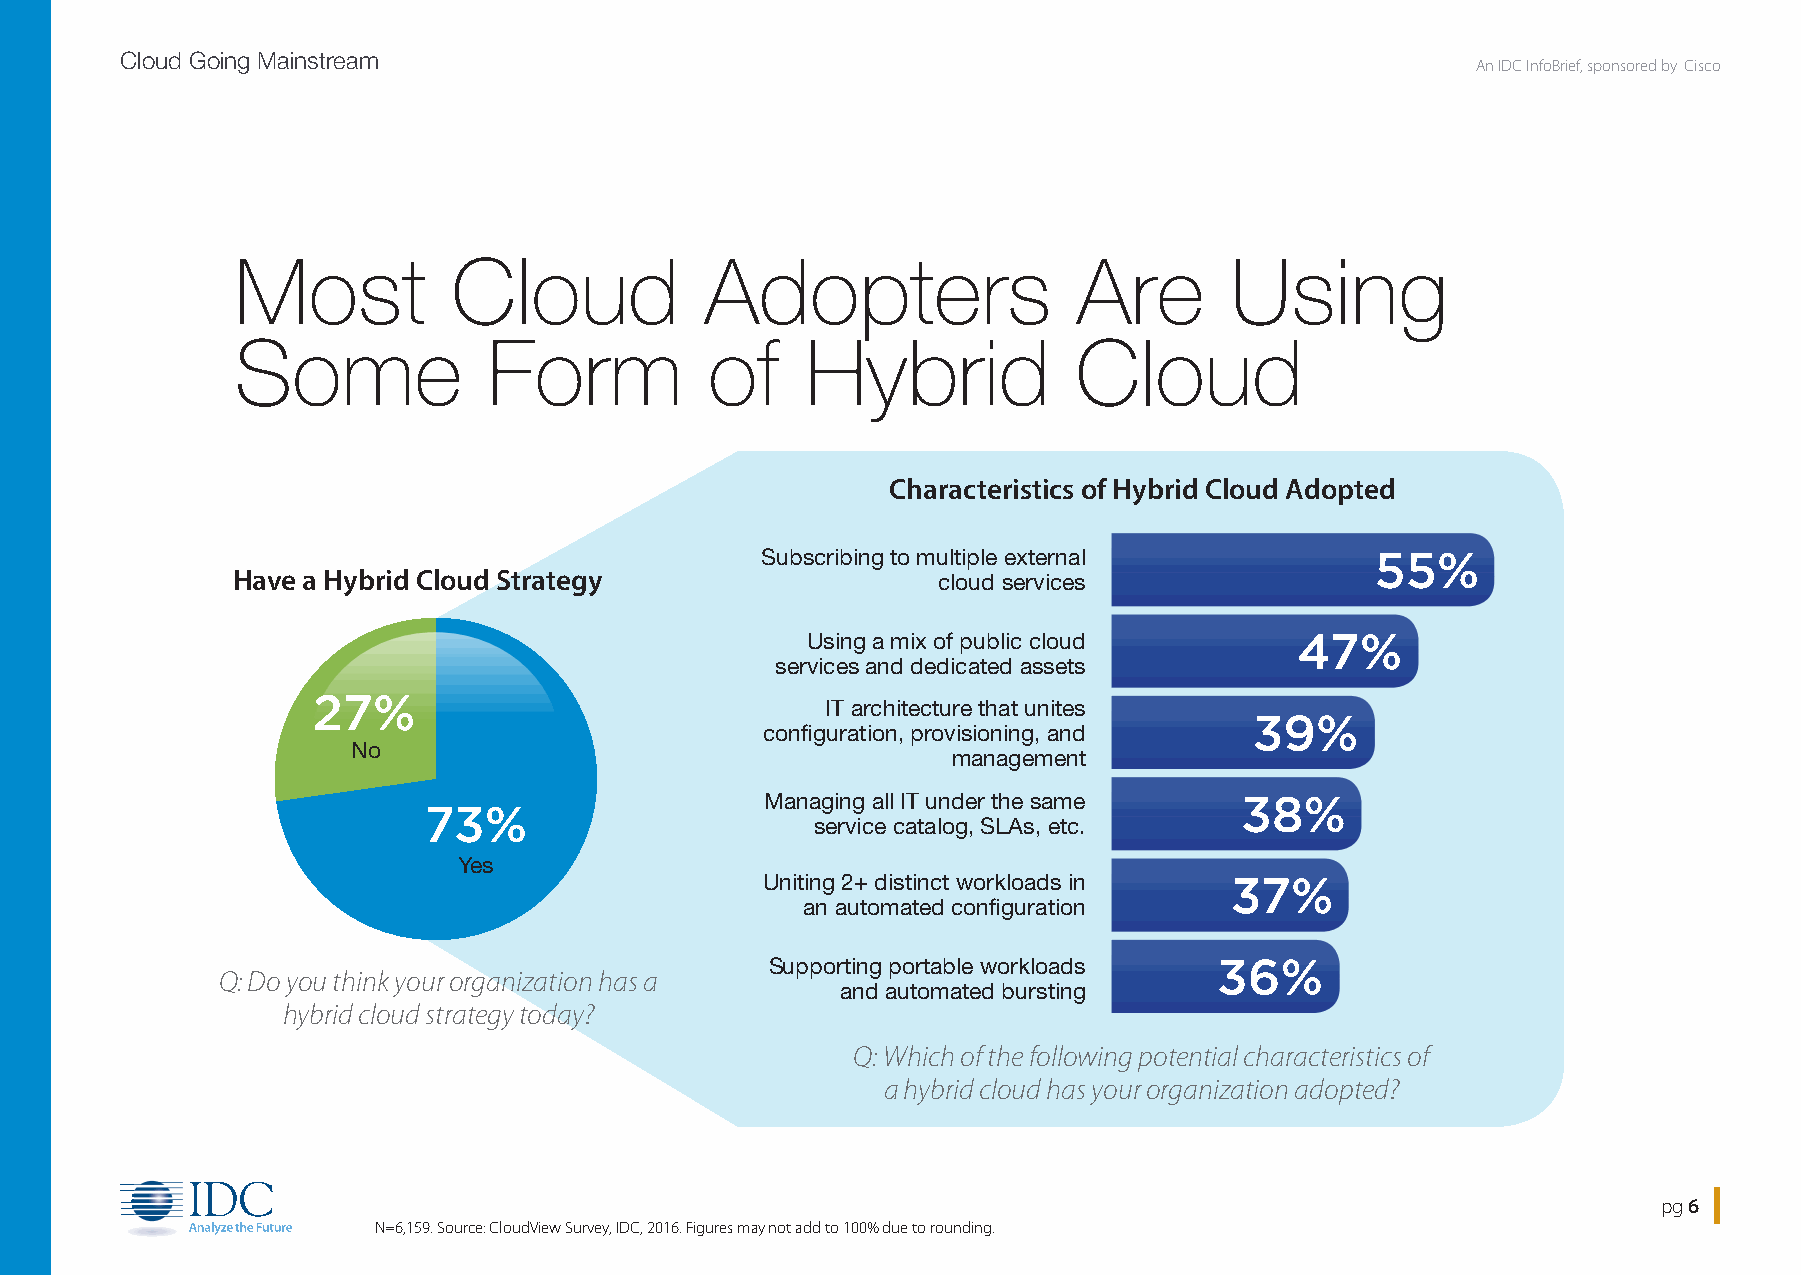
Cloud Going Mainstream
 An IDC InfoBrief, sponsored by Cisco
 Most          Cloud            Adopters                Are       Using
 Some            Form           of    Hybrid            Cloud
 Characteristics of Hybrid Cloud Adopted
 Subscribing to multiple external         55%
 Have a Hybrid Cloud Strategy                   cloud services
 Using a mix of public cloud      47%
 services and dedicated assets
 27%
 IT architecture that unites
 39%
 configuration, provisioning, and
 No
 management
 Managing all IT under the same 38%
 73%
 service catalog, SLAs, etc.
 Yes
 Uniting 2+ distinct workloads in 37%
 an automated configuration
 Supporting portable workloads 36%
 Q: Do you think your organization has a
 and automated bursting
 hybrid cloud strategy today?
 Q: Which of the following potential characteristics of
 a hybrid cloud has your organization adopted?
 pg 6
 N=6,159. Source: CloudView Survey, IDC, 2016. Figures may not add to 100% due to rounding.